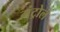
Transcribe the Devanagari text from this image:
मंट्रोल